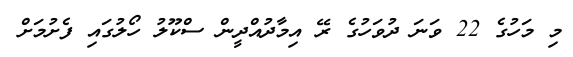
މި މަހުގެ 22 ވަނަ ދުވަހުގެ ރޭ އިމާދުއްދީން ސްކޫލު ހޯލުގައި ފެށުމަށް